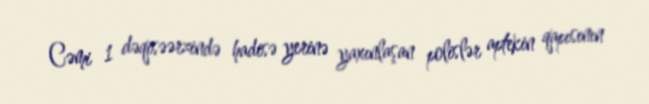
Cəmi 1 dəqisəərzində hadisə yerinə yaxınlaşan polislər aptekin qapısının